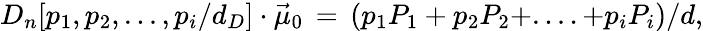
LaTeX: {D}_{n}[p_{1},p_{2},...,p_{i}/d_{D}]\cdot\vec{\mu}_{0}\, =\, (p_{1}P_{1}+p_{2}P_{2}+....+p_{i}P_{i})/d,